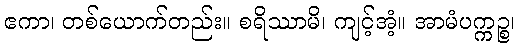
ဧကာ၊ တစ်ယောက်တည်း။ စရိဿာမိ၊ ကျင့်အံ့။ အာမံပက္ကဉ္စ၊